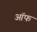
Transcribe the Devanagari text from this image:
ऑफ